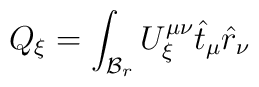
Q_{\xi } = \int_{{\cal{B}}_{r}} U^{\mu \nu}_{\xi} \hat{t}_{\mu}\hat{r}_{\nu}